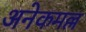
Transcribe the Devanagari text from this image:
अनेकमल्ल